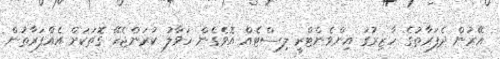
އޭރުން ދެފަރާތުގެ ހާޒިރުގަ އިންވެންޓްރީ ލިސްޓެއް އޮވެގެން ހަވާލު ކުރަންޖެހޭ ގޮތަކަށް އެއްފަރާތުން